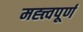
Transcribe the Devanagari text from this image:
मह्त्त्वपूर्ण